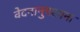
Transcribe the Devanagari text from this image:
वेदनानुपश्यना